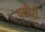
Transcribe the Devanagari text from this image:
फ्लोऱी